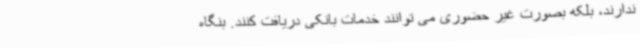
ندارند، بلکه بصورت غیر حضوری می توانند خدمات بانکی دریافت کنند. بنگاه